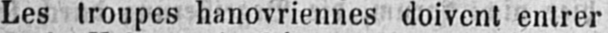
Les troupes hanovriennes doivent entrer